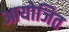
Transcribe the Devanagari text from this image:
आयोजित